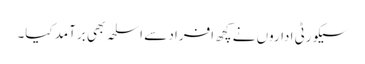
سیکورٹی اداروں نے کچھ افراد سے اسلحہ بھی برآمد کیا۔